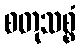
စတုသစ္စံ